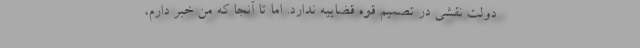
دولت نقشی در تصمیم قوه قضاییه ندارد. اما تا آنجا که من خبر دارم،